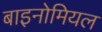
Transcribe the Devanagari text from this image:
बाइनोमियल